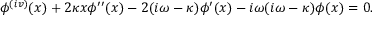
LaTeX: \phi ^ { ( i v ) } ( x ) + 2 \kappa x \phi ^ { \prime \prime } ( x ) - 2 ( i \omega - \kappa ) \phi ^ { \prime } ( x ) - i \omega ( i \omega - \kappa ) \phi ( x ) = 0 .